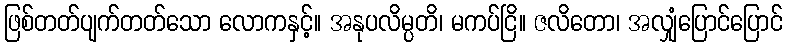
ဖြစ်တတ်ပျက်တတ်သော လောကနှင့်။ အနုပလိမ္ပတိ၊ မကပ်ငြိ။ ဇလိတော၊ အလျှံပြောင်ပြောင်